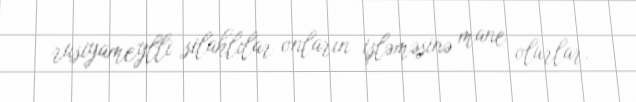
rusiyameylli silahlılar onların işləməsinə mane olurlar.